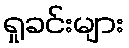
ရှုခင်းများ